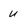
Character: u